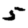
Digit: 5